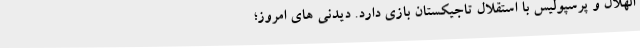
الهلال و پرسپولیس با استقلال تاجیکستان بازی دارد. دیدنی های امروز؛